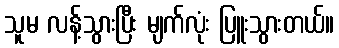
သူမ လန့်သွားပြီး မျက်လုံး ပြူးသွားတယ်။